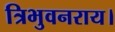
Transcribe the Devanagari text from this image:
त्रिभुवनराय।